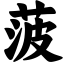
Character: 菠